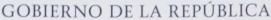
GOBIERNO DE LA REPUBLICA